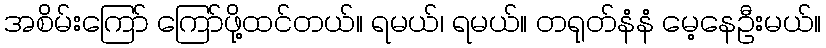
အစိမ်းကြော် ကြော်ဖို့ထင်တယ်။ ရမယ်၊ ရမယ်။ တရုတ်နံနံ မေ့နေဦးမယ်။